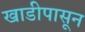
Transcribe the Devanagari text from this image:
खाडीपासून